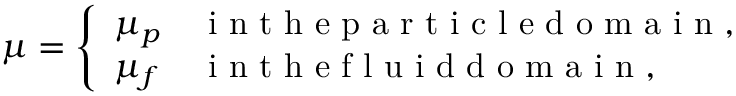
\begin{array} { r } { \mu = \left\{ \begin{array} { l l } { \mu _ { p } } & { \mathrm { ~ i ~ n ~ t ~ h ~ e ~ p ~ a ~ r ~ t ~ i ~ c ~ l ~ e ~ d ~ o ~ m ~ a ~ i ~ n ~ , ~ } } \\ { \mu _ { f } } & { \mathrm { ~ i ~ n ~ t ~ h ~ e ~ f ~ l ~ u ~ i ~ d ~ d ~ o ~ m ~ a ~ i ~ n ~ , ~ } } \end{array} \right. } \end{array}